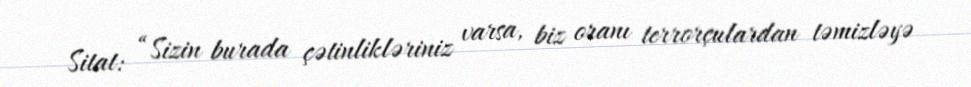
Sitat: “Sizin burada çətinlikləriniz varsa, biz oranı terrorçulardan təmizləyə